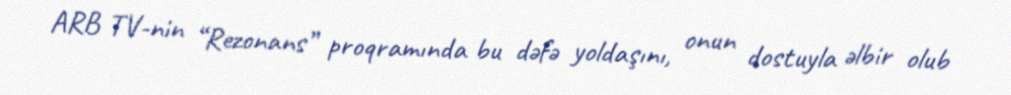
ARB TV-nin “Rezonans” proqramında bu dəfə yoldaşını, onun dostuyla əlbir olub